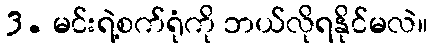
3. မင်းရဲ့စက်ရုံကို ဘယ်လိုရနိုင်မလဲ။